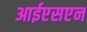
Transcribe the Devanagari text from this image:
आईएसएन